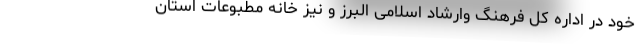
خود در اداره کل فرهنگ وارشاد اسلامی البرز و نیز خانه مطبوعات استان